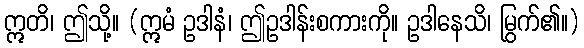
ဣတိ၊ ဤသို့။ (ဣမံ ဥဒါနံ၊ ဤဥဒါန်းစကားကို။ ဥဒါနေသိ၊ မြွက်၏။)